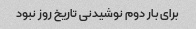
برای بار دوم نوشیدنی تاریخ روز نبود